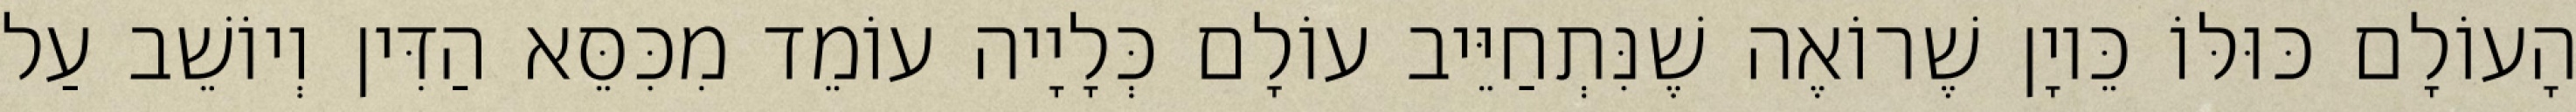
הָעוֹלָם כּוּלּוֹ כֵּיוָן שֶׁרוֹאֶה שֶׁנִּתְחַיֵּיב עוֹלָם כְּלָיָיה עוֹמֵד מִכִּסֵּא הַדִּין וְיוֹשֵׁב עַל